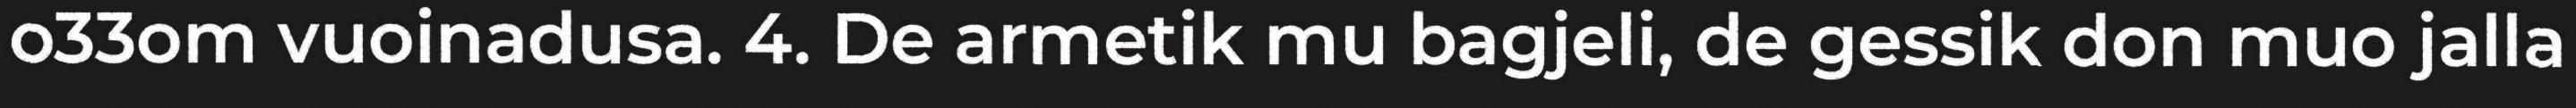
o33om vuoinadusa. 4. De armetik mu bagjeli, de gessik don muo jalla